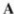
A